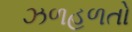
ઝળહળતો